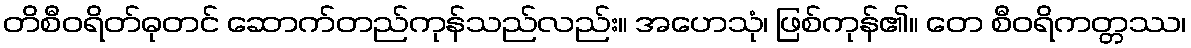
တိစီဝရိတ်ဓုတင် ဆောက်တည်ကုန်သည်လည်း။ အဟေသုံ၊ ဖြစ်ကုန်၏။ တေ စီဝရိကတ္တဿ၊